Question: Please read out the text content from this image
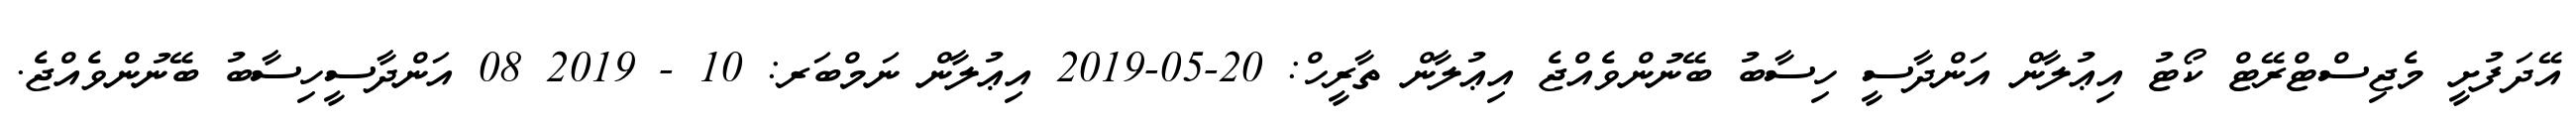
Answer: އޭދަފުށީ މެޖިސްޓްރޭޓް ކޯޓު އިޢުލާން އަންދާސީ ހިސާބު ބޭނުންވެއްޖެ އިޢުލާން ތާރީހް: 20-05-2019 އިޢުލާން ނަމްބަރ: 10 - 2019 08 އަންދާސީހިސާބު ބޭނުންވެއްޖެ.